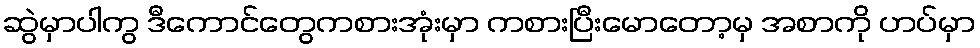
ဆွဲမှာပါကွ ဒီကောင်တွေကစားအုံးမှာ ကစားပြီးမောတော့မှ အစာကို ဟပ်မှာ